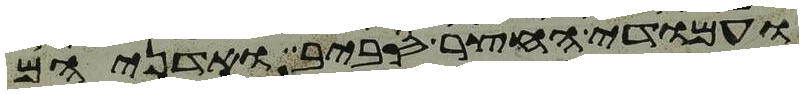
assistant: ועמודי החצר סביב ואדניהם